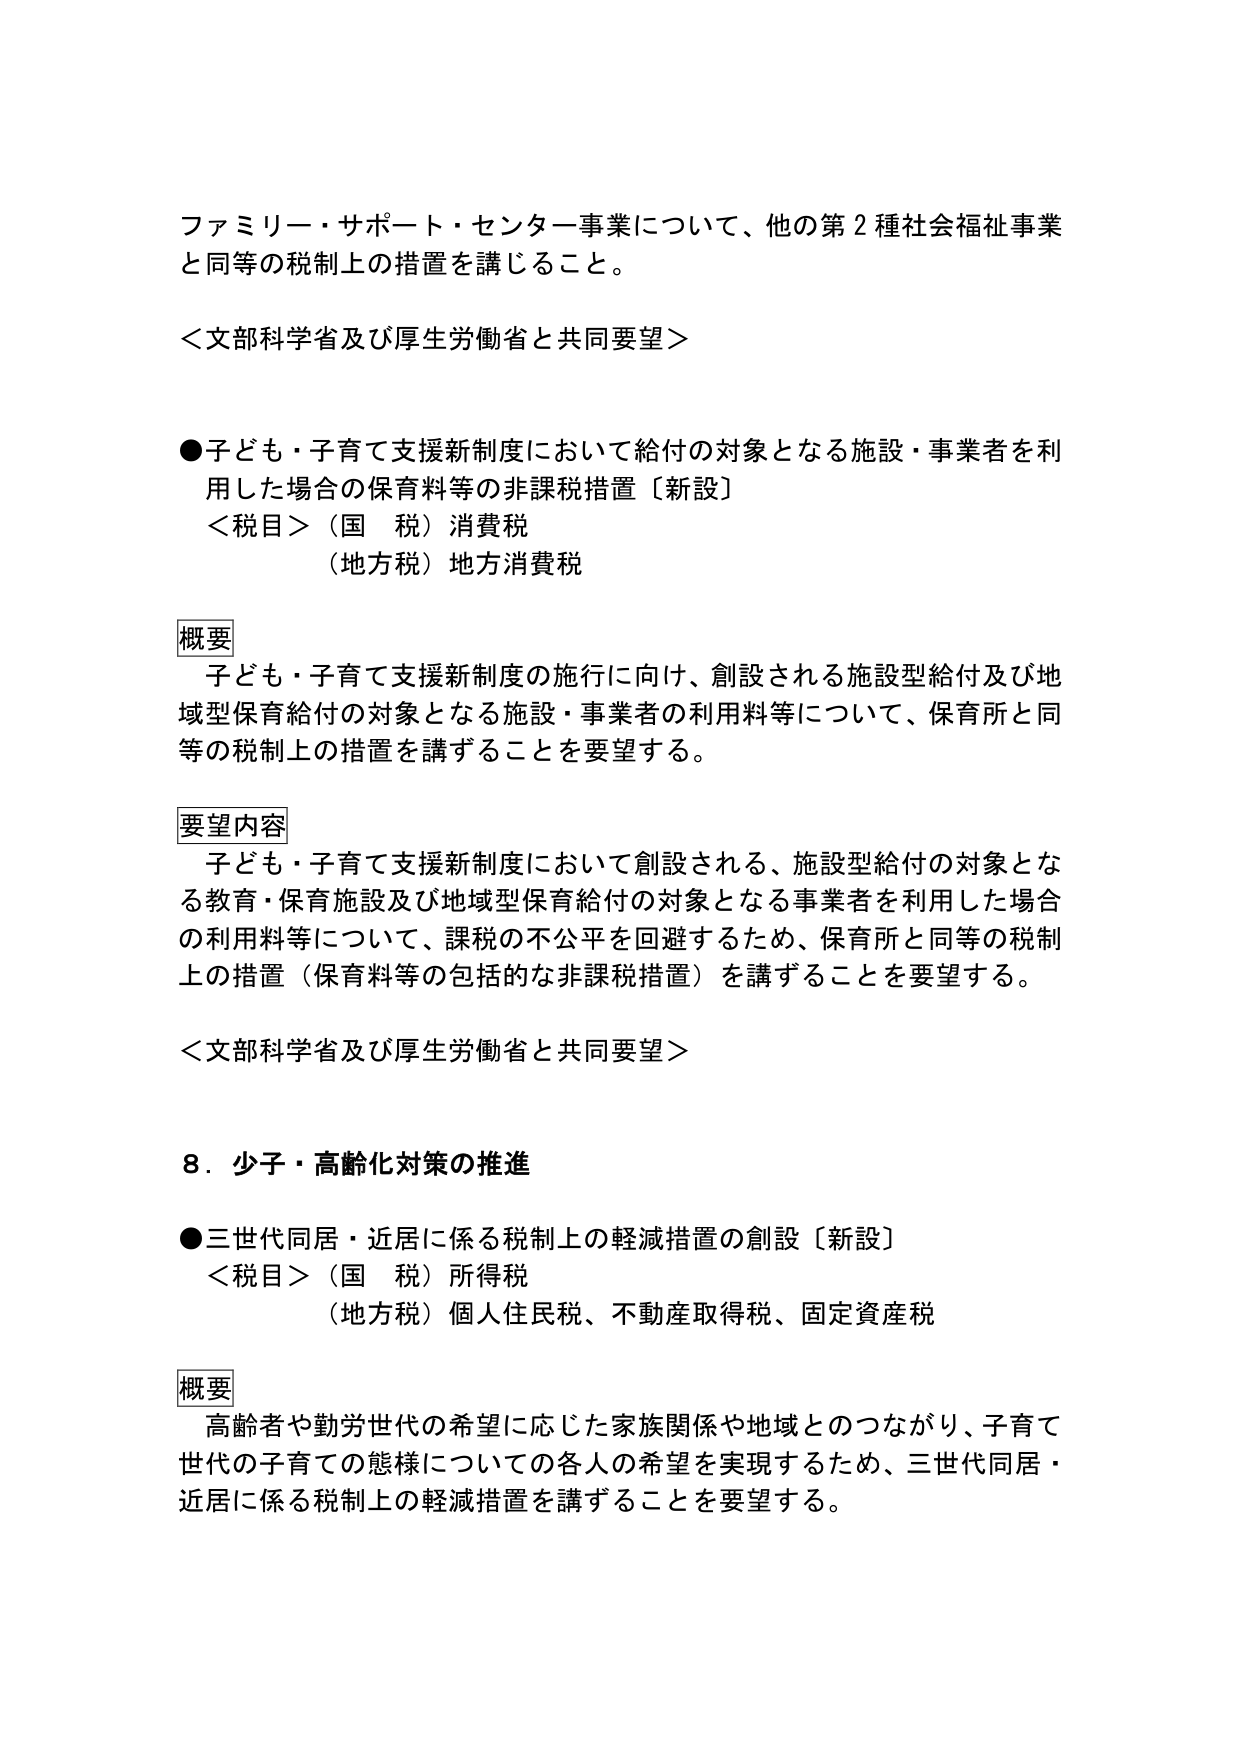
ファミリー・サポート・センター事業について、他の第２種社会福祉事業
と同等の税制上の措置を講じること。

＜文部科学省及び厚生労働省と共同要望＞

●子ども・子育て支援新制度において給付の対象となる施設・事業者を利用
した場合の保育料等の非課税措置〔新設〕
　＜税目＞（国　税）消費税
　　　　（地方税）地方消費税

概要
　子ども・子育て支援新制度の施行に向け、創設される施設型給付及び地
域型保育給付の対象となる施設・事業者の利用料等について、保育所と同
等の税制上の措置を講ずることを要望する。

要望内容
　子ども・子育て支援新制度において創設される、施設型給付の対象とな
る教育・保育施設及び地域型保育給付の対象となる事業者を利用した場合
の利用料等について、課税の不公平を回避するため、保育所と同等の税制
上の措置（保育料等の包括的な非課税措置）を講ずることを要望する。

＜文部科学省及び厚生労働省と共同要望＞

８．少子・高齢化対策の推進

●三世代同居・近居に係る税制上の軽減措置の創設〔新設〕
　＜税目＞（国　税）所得税
　　　　（地方税）個人住民税、不動産取得税、固定資産税

概要
　高齢者や勤労世代の希望に応じた家族関係や地域とのつながり、子育て
世代の子育ての態様についての各人の希望を実現するため、三世代同居・
近居に係る税制上の軽減措置を講ずることを要望する。